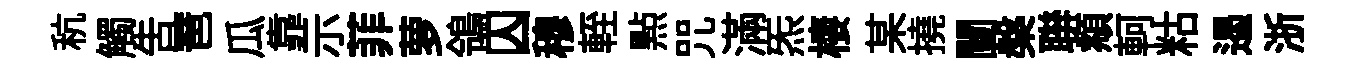
秔觸告琶瓜靠示菲萝鴒囚穆輊㸃咒滿炁棲某撓闉槃聨頫軻䊀遏浙